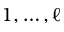
1 , \ldots , \ell